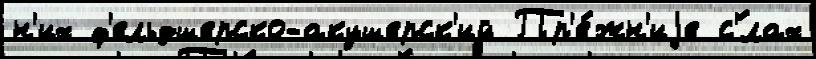
н'их ф'ельдшерско-акушерск'ий Пр'е́жн'иjе с'́лах